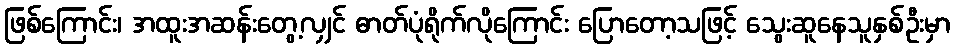
ဖြစ်ကြောင်း၊ အထူးအဆန်းတွေ့လျှင် ဓာတ်ပုံရိုက်လိုကြောင်း ပြောတော့သဖြင့် သွေးဆူနေသူနှစ်ဦးမှာ